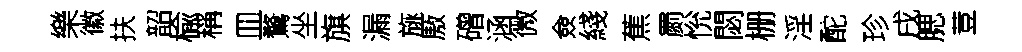
樂徽扶韶楡稱皿鶩坐旗漏旐厫磳涵微僉綫蕉罽恱閟栅淫酡珍戌腮荳